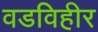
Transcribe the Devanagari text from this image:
वडविहीर